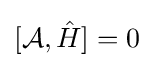
[{\mathcal {A}},{\hat {H}}]=0